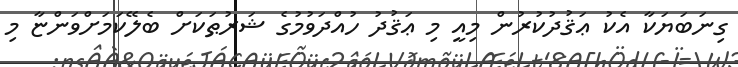
ގިނަބަޔަކާ އެކު ޢަޤުދުކުރުން މިއީ މި ޢަޤުދު ހުއްދަވުމުގެ ޝަރުޠަކަށް ބެލޭކަމަށްވަންޏާ މި